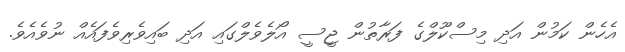
އެހެން ކަމުން އަދި މިސްކޫލްގެ ފަރާތުން ޖީސީ އޯލެވެލްގައި އަދި ބައިވެރިވެފައެއް ނުވެއެވެ.